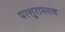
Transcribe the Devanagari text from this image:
परशुरामराव